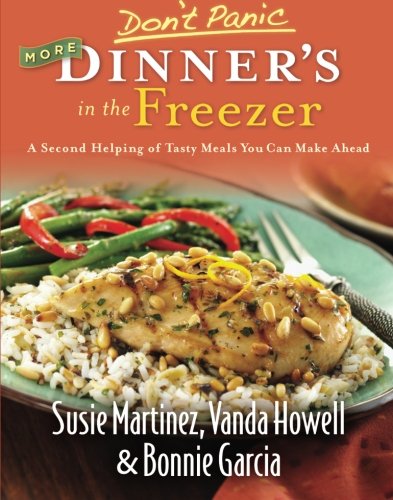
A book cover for Don't Panic: More Dinner's in the Freezer - A Second Helping of Tasty Meals You Can Make Ahead; Susie Martinez; Cookbooks, Food & Wine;